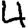
Digit: 4